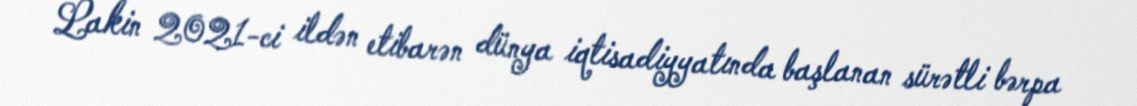
Lakin 2021-ci ildən etibarən dünya iqtisadiyyatında başlanan sürətli bərpa